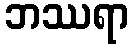
ဘဿရာ